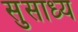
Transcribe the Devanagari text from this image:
सुसाध्‍य